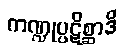
ကဏ္ဍုပ္ပဋိစ္ဆာဒိ